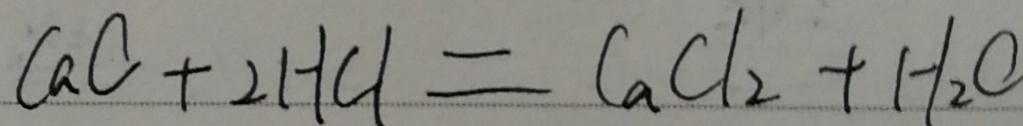
C a C + 2 H C l = C a C l _ { 2 } + H _ { 2 } O